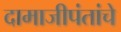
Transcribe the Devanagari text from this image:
दामाजीपंतांचे